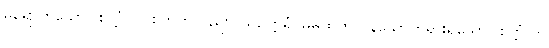
မရောက်သော။ စိတ္တံ ဝါ၊ စတ်ကိုလည်း။ သဥတ္တရံ၊ မိမိထက်လွန်သောတရားရှိသော။ စိတ္တံ ဝါ၊